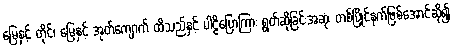
မြေနှင့် တိုင်၊ မြေနှင့် အုတ်ကျောက် ထိသည်နှင့် ပါဠိပြောကြား ရွတ်ဆိုခြင်းအဆုံး တစ်ပြိုင်နက်ဖြစ်အောင်ဆို၍